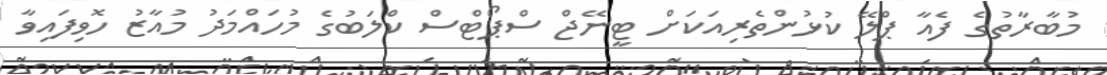
މުބާރާތުގެ ފެއާ ޕްލޭ ކުޅުންތެރިއަކަށް ޓީނޭޖް ސްޕޯޓްސް ކްލަބުގެ މުހައްމަދު މުއާޒު ހޮވިފައިވާ